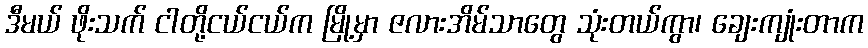
ဒီမယ် ဖိုးသက် ငါတို့ငယ်ငယ်က မြို့မှာ ဇလားအိမ်သာတွေ သုံးတယ်ကွာ၊ ချေးကျုံးတာက